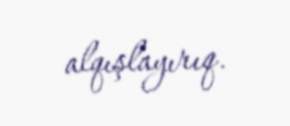
alqışlayırıq.